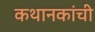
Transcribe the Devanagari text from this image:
कथानकांची